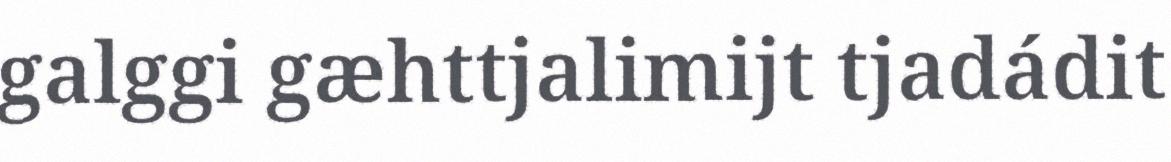
galggi gæhttjalimijt tjadádit